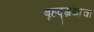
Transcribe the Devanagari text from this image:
बृहद्ग्रंथाचा